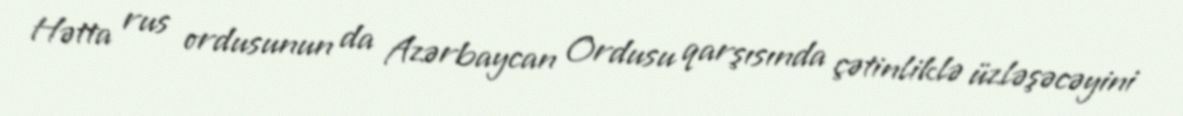
Hətta rus ordusunun da Azərbaycan Ordusu qarşısında çətinliklə üzləşəcəyini